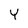
Character: Y